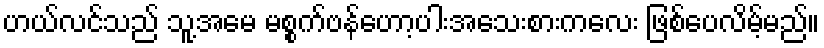
ဟယ်လင်သည် သူ့အမေ မစ္စက်ဗန်ဟော့ပါးအသေးစားကလေး ဖြစ်ပေလိမ့်မည်။